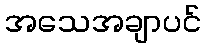
အသေအချာပင်